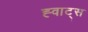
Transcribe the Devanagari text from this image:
ह्वाट्‍स